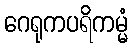
ဂေရုကပရိကမ္မံ